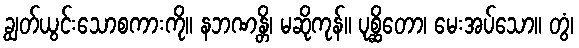
ချွတ်ယွင်းသောစကားကို။ နဘဏန္တိ၊ မဆိုကုန်။ ပုစ္ဆိတော၊ မေးအပ်သော။ တွံ၊